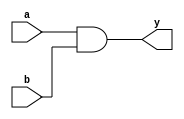
// Code for and gate
module and_gate(
  input a,
  input b,
  output y
);
 and(y,a,b);
 endmodule